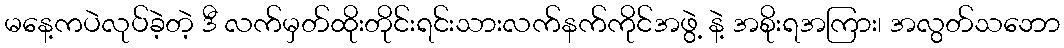
မနေ့ကပဲလုပ်ခဲ့တဲ့ ဒီ လက်မှတ်ထိုးတိုင်းရင်းသားလက်နက်ကိုင်အဖွဲ့ နဲ့ အစိုးရအကြား၊ အလွတ်သဘော